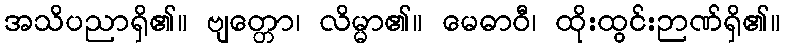
အသိပညာရှိ၏။ ဗျတ္တော၊ လိမ္မာ၏။ မေဓာဝီ၊ ထိုးထွင်းဉာဏ်ရှိ၏။